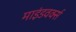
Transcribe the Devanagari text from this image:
माइंडवर्क्स